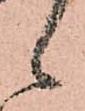
々